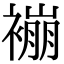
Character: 䙖